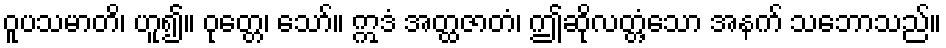
ဝူပသမာတိ၊ ဟူ၍။ ဝုတ္တေ၊ သော်။ ဣဒံ အတ္ထဇာတံ၊ ဤဆိုလတ္တံ့သော အနက် သဘောသည်။